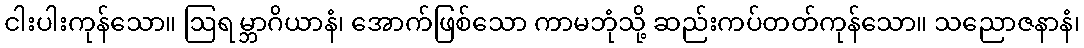
ငါးပါးကုန်သော။ ဩရမ္ဘာဂိယာနံ၊ အောက်ဖြစ်သော ကာမဘုံသို့ ဆည်းကပ်တတ်ကုန်သော။ သညောဇနာနံ၊